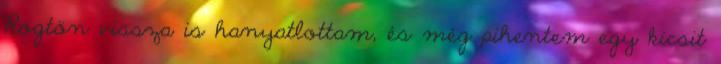
Rögtön vissza is hanyatlottam, és még pihentem egy kicsit